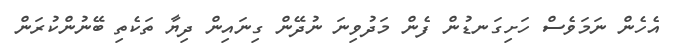
އެހެން ނަމަވެސް ހަށިގަނޑުން ފެން މަދުވިނަ ނުދޭން ގިނައިން ދިޔާ ތަކެތި ބޭނުންކުރަން